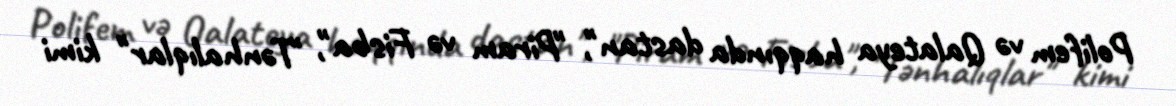
Polifem və Qalateya haqqında dastan", "Piram və Fisba", "Tənhalıqlar" kimi